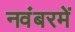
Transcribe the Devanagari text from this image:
नवंबरमें